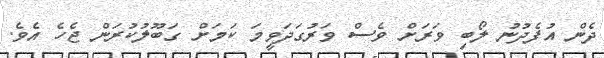
ދެން އުފެދުނު ލޯބި ވަރަށް ވެސް ވަރުގަދަވީމަ ކަމަށް ގަބޫލުކުރަން ޖެހެ އެވެ.